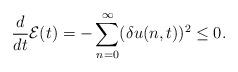
LaTeX: \begin{align*}\frac{d}{dt}\mathcal{E}(t)=-\sum_{n=0}^{\infty}(\delta u(n,t))^2\leq 0.\end{align*}